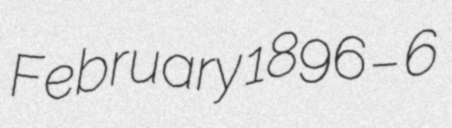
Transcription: February 1896 – 6